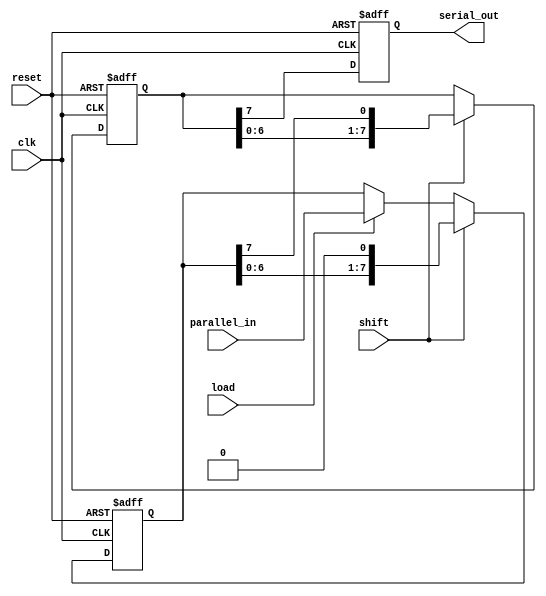
module TwoStagePISO #(
    parameter WIDTH = 8  // Parameter for data width
)(
    input wire clk,       // Clock signal
    input wire reset,     // Reset signal
    input wire load,      // Load signal
    input wire shift,     // Shift signal
    input wire [WIDTH-1:0] parallel_in, // Parallel input data
    output reg serial_out  // Serial output
);

    // Stage 1: Input Register
    reg [WIDTH-1:0] input_reg;

    // Stage 2: Shift Register
    reg [WIDTH-1:0] shift_reg;

    always @(posedge clk or posedge reset) begin
        if (reset) begin
            // Reset both registers
            input_reg <= 0;
            shift_reg <= 0;
            serial_out <= 0;
        end else begin
            if (load) begin
                // Load data into the input register
                input_reg <= parallel_in;
            end
            
            if (shift) begin
                // Shift data from input register to shift register
                shift_reg <= {shift_reg[WIDTH-2:0], input_reg[WIDTH-1]};
                // Shift out the MSB of the input register
                input_reg <= {input_reg[WIDTH-2:0], 1'b0}; // Shift input register left
            end
            
            // Output the last bit of the shift register
            serial_out <= shift_reg[WIDTH-1];
        end
    end

endmodule